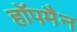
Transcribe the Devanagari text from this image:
हॉपमैन